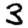
Digit: 3